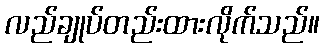
လည်ချုပ်တည်းထားလိုက်သည်။